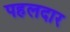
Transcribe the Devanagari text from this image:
पहलदार